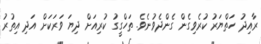
ރާއިދު ހަތްޔަރު ކުރެވިގެން ގެންދެވުނެވެ. ތަހްގީގު ކުރިއަށް ދިޔަ ވަރަކަށް އަދި އިތުރު